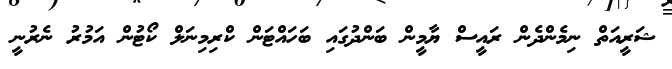
ޝަރީއަތް ނިމެންދެން ރައީސް ޔާމީން ބަންދުގައި ބަހައްޓަން ކްރިމިނަލް ކޯޓުން އަމުރު ނެރުނީ